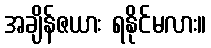
အချိန်ဇယား ရနိုင်မလား။